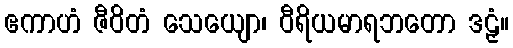
ဧကာဟံ ဇီဝိတံ သေယျော၊ ဝီရိယမာရဘတော ဒဠှံ။